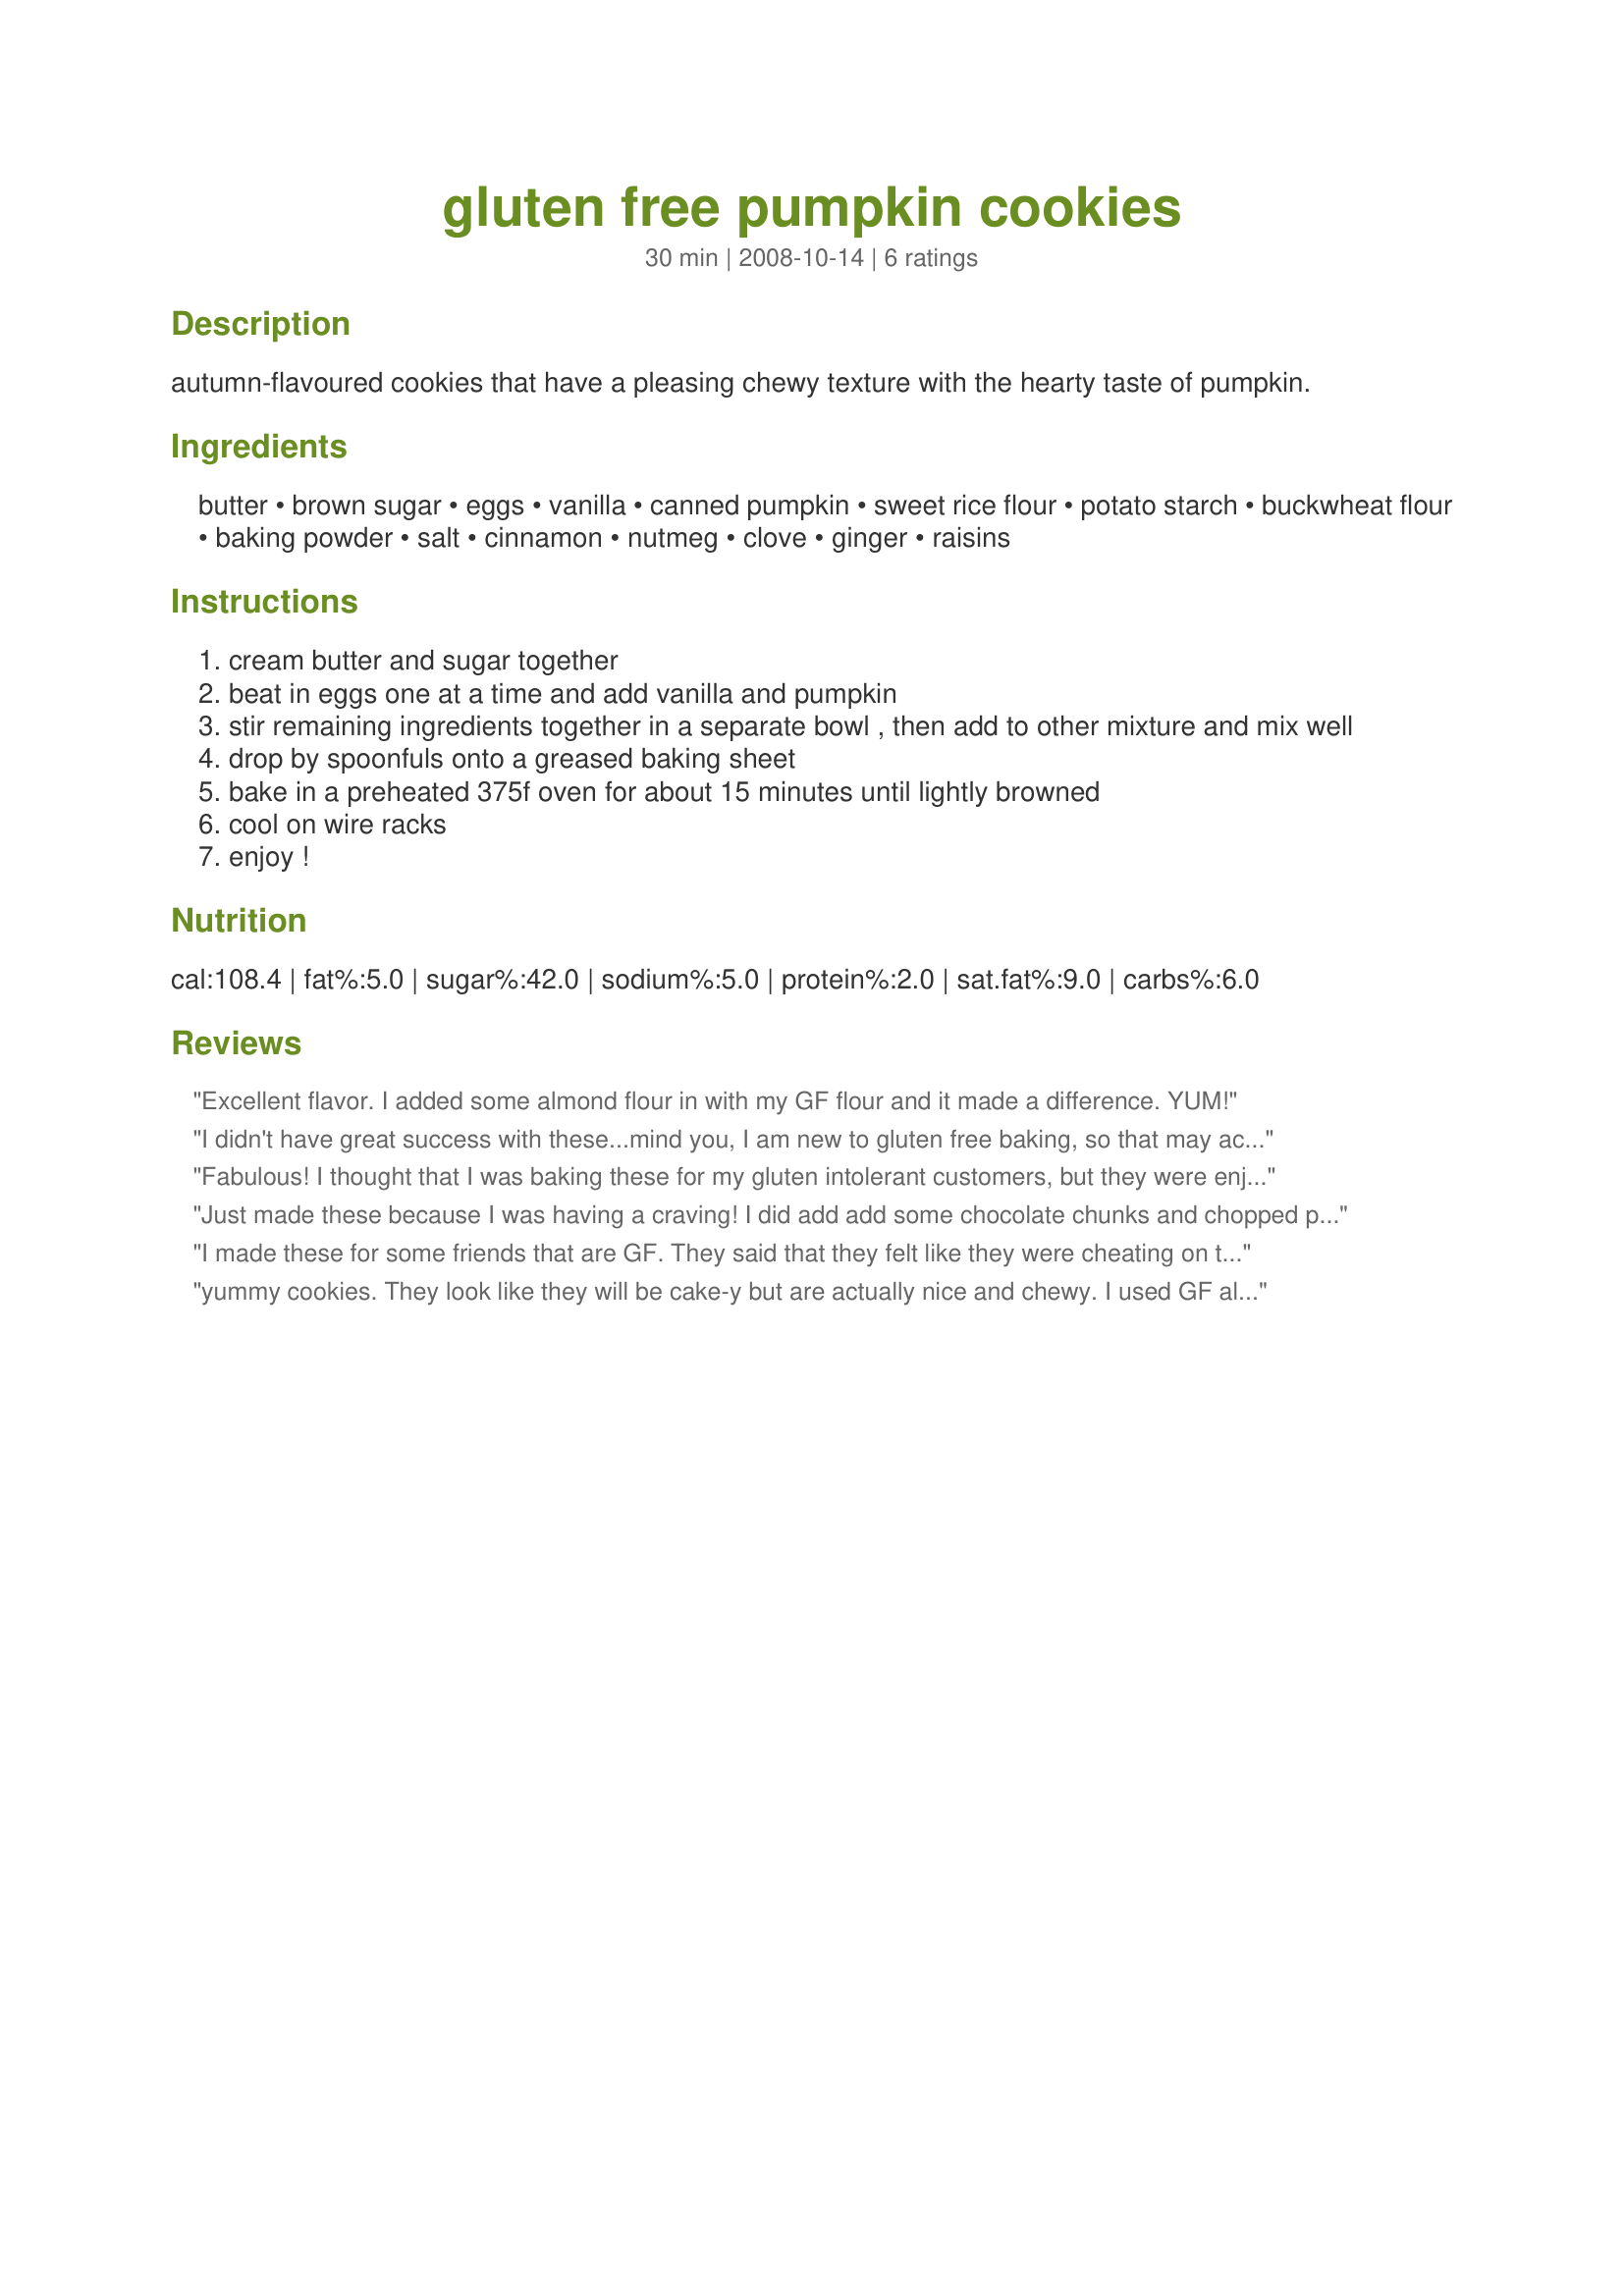
gluten free pumpkin cookies
Preparation time: 30 minutes

autumn-flavoured cookies that have a pleasing chewy texture with the hearty taste of pumpkin.

Ingredients:
butter, brown sugar, eggs, vanilla, canned pumpkin, sweet rice flour, potato starch, buckwheat flour, baking powder, salt, cinnamon, nutmeg, clove, ginger, raisins

Steps:
cream butter and sugar together
beat in eggs one at a time and add vanilla and pumpkin
stir remaining ingredients together in a separate bowl , then add to other mixture and mix well
drop by spoonfuls onto a greased baking sheet
bake in a preheated 375f oven for about 15 minutes until lightly browned
cool on wire racks
enjoy !

Reviews:
Excellent flavor. I added some almond flour in with my GF flour and it made a difference. YUM!
I didn't have great success with these...mind you, I am new to gluten free baking, so that may account for it. They were very cake-like, and while the taste was fine, I'm not fond of the texture. I didn't use a store bought flour though, I made one up using one of the recipes posted here (mix of rice flour, potato starch, tapioca, xanthum). Obviously the flour plays a main role, so I'll try these again with another type.
Fabulous! I thought that I was baking these for my gluten intolerant customers, but they were enjoyed by all. If I didn't see what type of flour I had used, I wouldn't have believed it. I used a #50 sized scoop, and got almost three dozen cookies. I'll have to check on how they hold up overnight tomorrow, if there are any left then. Thank you for providing this recipe Katii!
update - 
(I have since made these many times, they hold up very well overnight. I've made them with either chocolate chips or raisins or toasted walnuts, they are equally popular. Today I made them plain, and sandwiched them in pairs with a homemade vegan cream cheese icing, and called them whoopie pies! )
Just made these because I was having a craving! I did add add some chocolate chunks and chopped pecans instead of raisins. I also decided to whip up a little sweet super icing to drizzle over the top. Can you tell I had a sweet tooth? (Oh, and I used better batter instead if all the different flours).
I made these for some friends that are GF. They said that they felt like they were cheating on their diets. What a compliment! I was afraid that the store-bought GF flour would make the cookies taste beany... but they didn't. The pumpkin taste came through beautifully. Thanks for sharing such a good recipe.
yummy cookies. They look like they will be cake-y but are actually nice and chewy. I used GF all-purpose flour, a mix of xylitol and erythitol with a spoonful of molasses in place of the sugar. I added currants and 1 c pecans. Hubby says this is a keeper!
